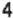
4